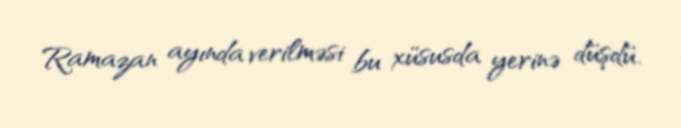
Ramazan ayında verilməsi bu xüsusda yerinə düşdü.